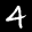
Label: 4